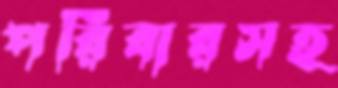
পরিবারসহ